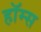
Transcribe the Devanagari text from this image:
हॉम्स